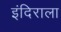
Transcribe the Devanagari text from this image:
इंदिराला